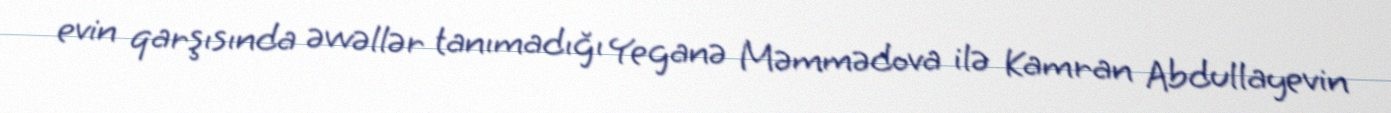
evin qarşısında əvvəllər tanımadığı Yeganə Məmmədova ilə Kamran Abdullayevin